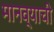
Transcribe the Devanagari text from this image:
मानव्याची